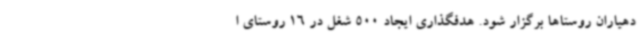
دهیاران روستاها برگزار شود. هدفگذاری ایجاد 500 شغل در 16 روستای ا